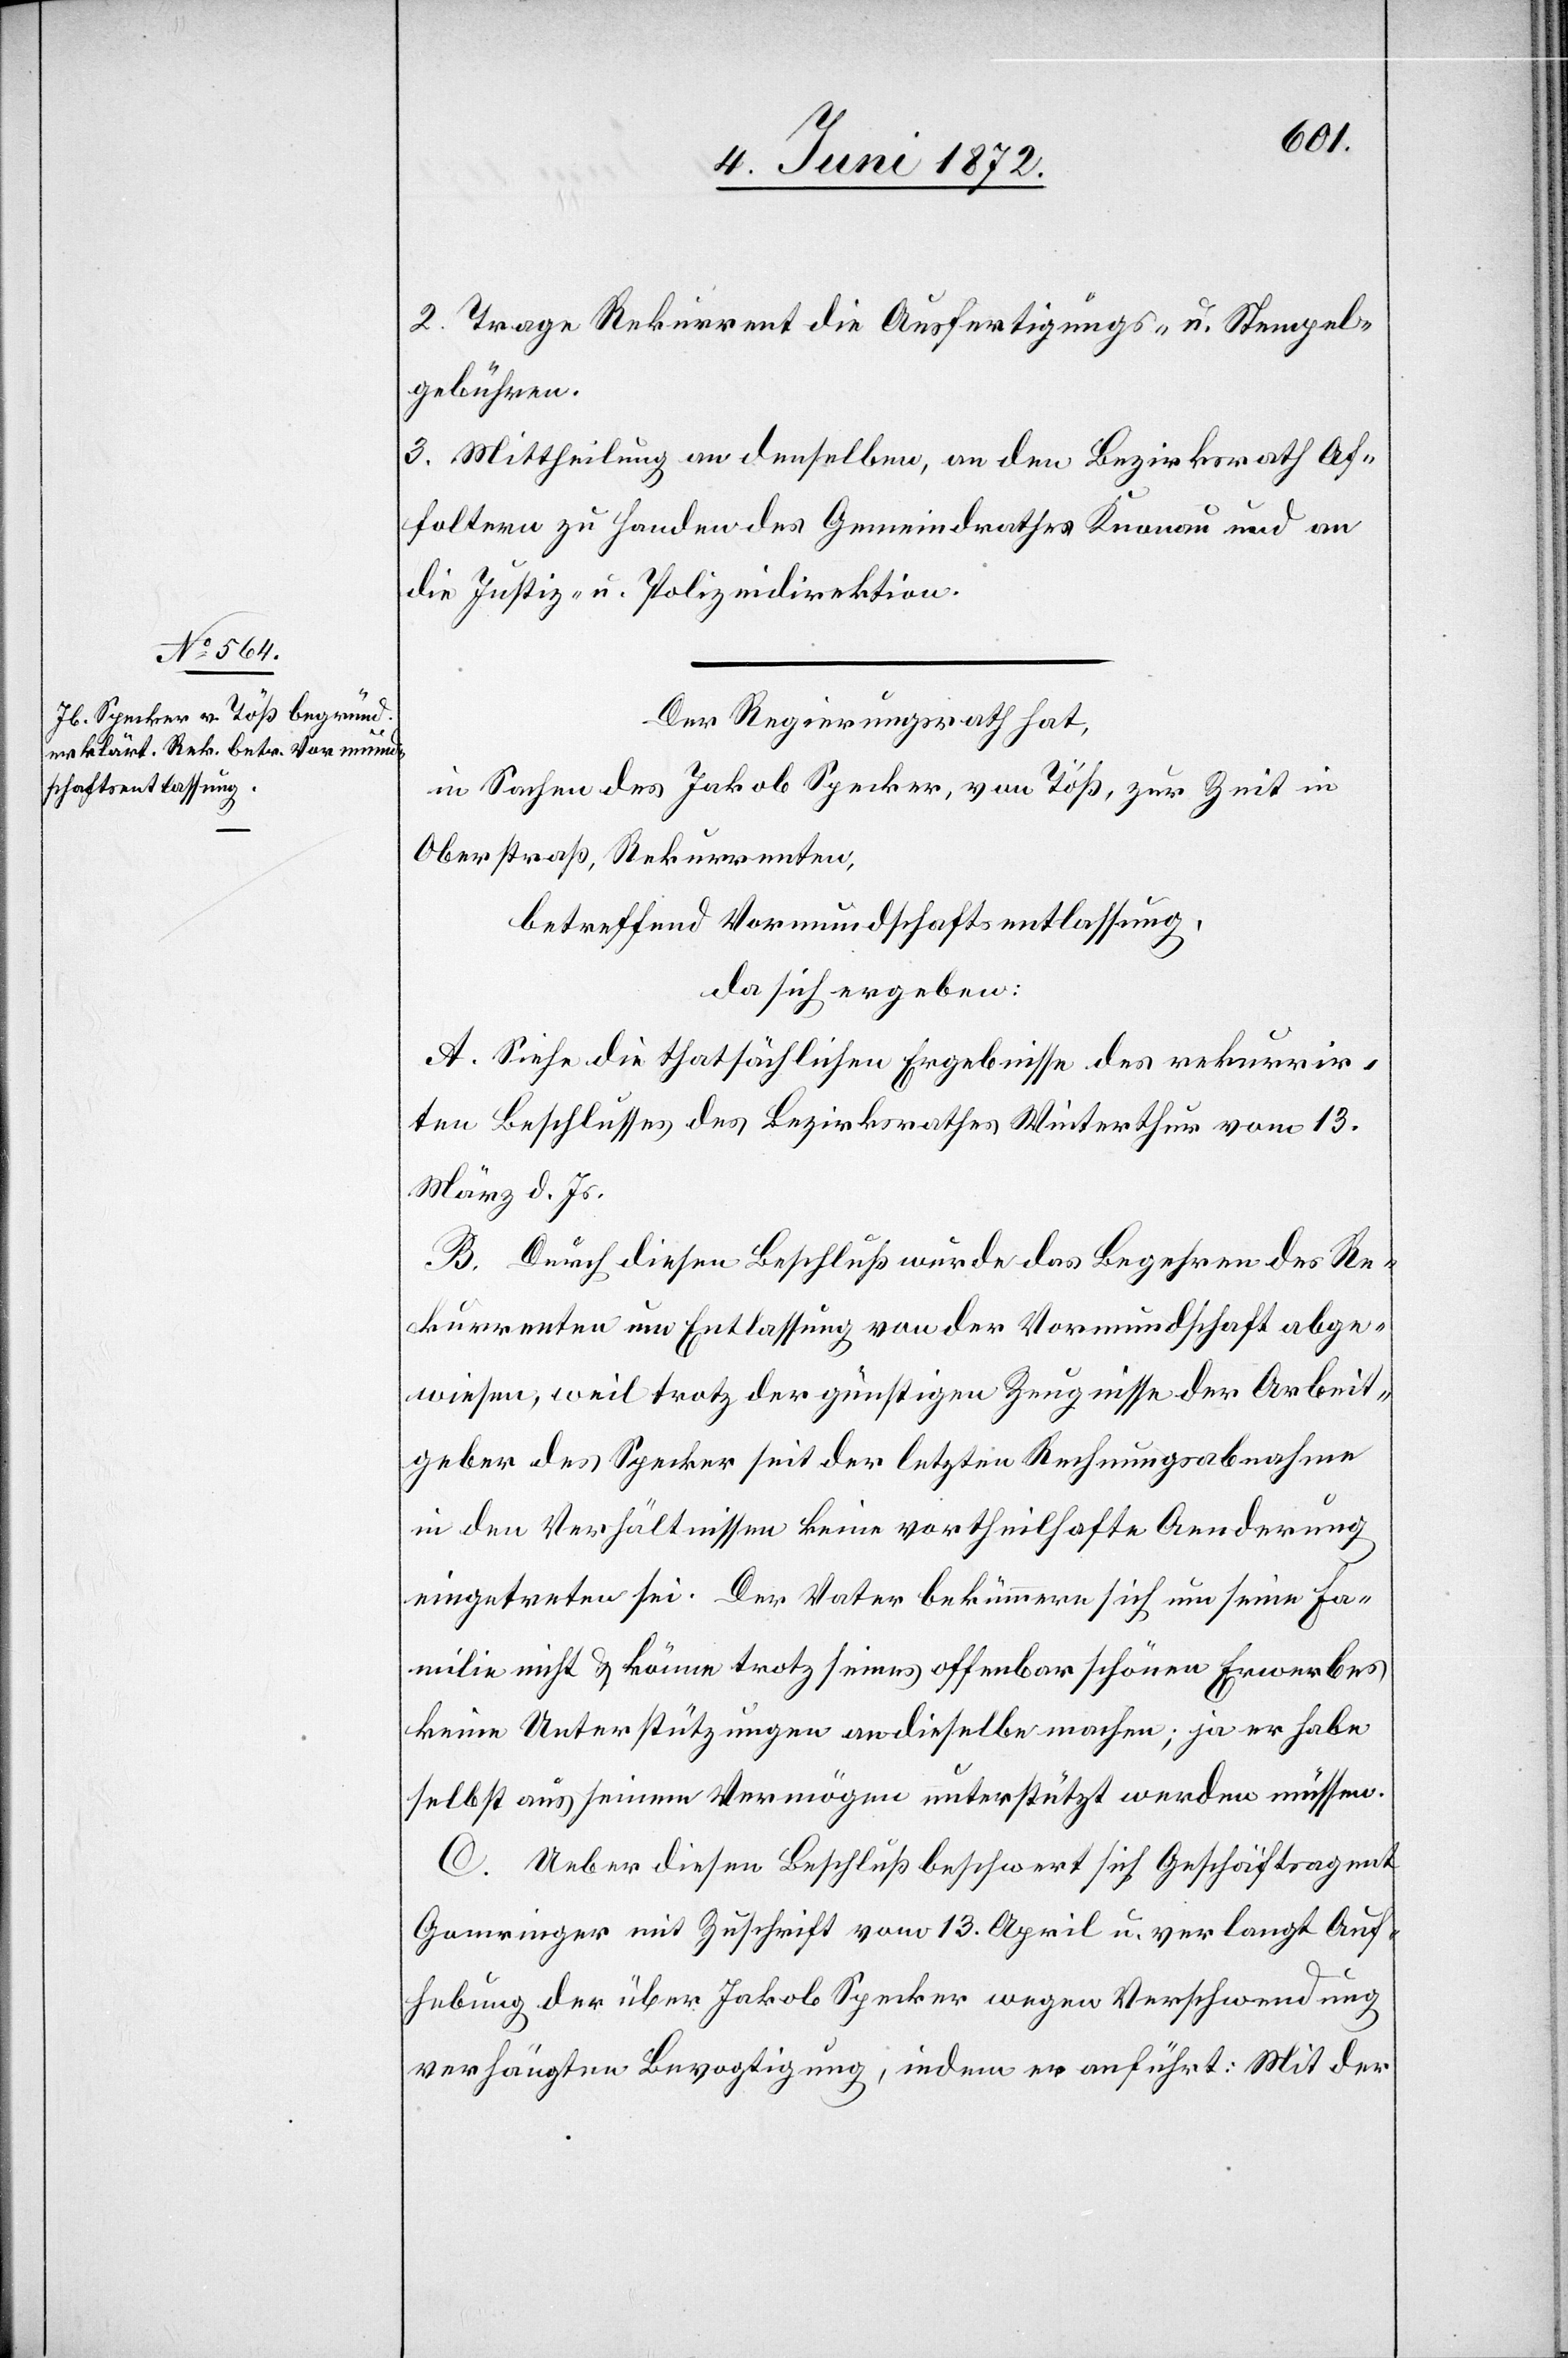
2. Trage Rekurrent die Ausfertigungs- u. Stempel¬
gebühren.
3. Mittheilung an denselben, an den Bezirksrath Af¬
foltern zu Handen des Gemeindrathes Knonau und an
die Justiz- u. Polizeidirektion.
Der Regierungsrath hat,
in Sachen des Jakob Specker, von Töß, zur Zeit in
Oberstraß, Rekurrenten,
betreffend Vormundschaftsentlassung,
da sich ergeben:
A. Siehe die thatsächlichen Ergebnisse des rekurrir¬
ten Beschlusses des Bezirksrathes Winterthur vom 13.
März d. Js.
B. Durch diesen Beschluß wurde das Begehren des Re¬
kurrenten um Entlassung von der Vormundschaft abge¬
wiesen, weil trotz der günstigen Zeugnisse der Arbeit¬
geber des Specker seit der letzten Rechnungsabnahme
in den Verhältnissen keine vortheilhafte Aenderung
eingetreten sei. Der Vater bekümmere sich um seine Fa¬
milie nicht u. könne trotz seines offenbar schönen Erwerbes
keine Unterstützungen an dieselbe machen; ja er habe
selbst aus seinem Vermögen unterstützt werden müssen.
C. Ueber diesen Beschluß beschwert sich Geschäftsagent
Gomringer mit Zuschrift vom 13. April u. verlangt Auf¬
hebung der über Jakob Specker wegen Verschwendung
verhängten Bevogtigung, indem er anführt: Mit der